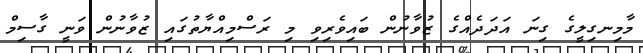
މާމިނގިލީގެ ގިނަ އަދަދެއްގެ ޒުވާނުން ބައިވެެރިވި މި ރަސްމިއްޔާތުގައި ޒުވާނުން ވަނީ ގާސިމް